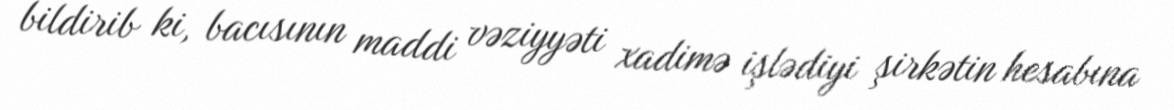
bildirib ki, bacısının maddi vəziyyəti xadimə işlədiyi şirkətin hesabına